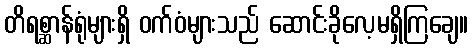
တိရစ္ဆာန်ရုံများရှိ ဝက်ဝံများသည် ဆောင်းခိုလေ့မရှိကြချေ။